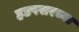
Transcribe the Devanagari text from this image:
हडपसरच्या